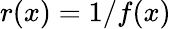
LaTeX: r(x)=1/f(x)